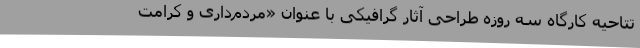
تتاحیه کارگاه سه روزه طراحی آثار گرافیکی با عنوان «مردم‌داری و کرامت